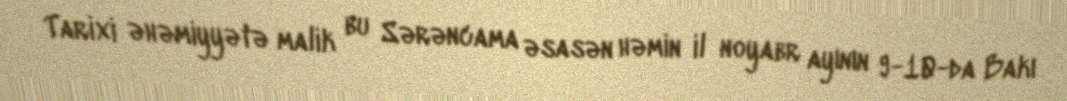
Tarixi əhəmiyyətə malik bu Sərəncama əsasən həmin il noyabr ayının 9-10-da Bakı